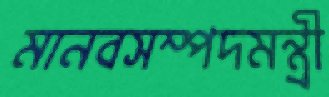
মানবসম্পদমন্ত্রী